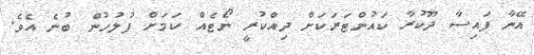
އޭނާ ފައިސާ ދޫކުރާ ކައުންޓަރަކަށް ދިއްކުރީ ނޯޓެއް ކަމަށް ފުލުހުން ބުނެ އެވެ.